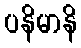
ပနိမာနိ